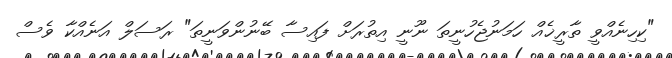
"ކިހިނެއްވީ ތާރީޚެއް ހަމަނުޖެހުނީތަ ނޫނީ އިތުރަށް ފައިސާ ބޭނުންވަނީތަ" ރަސަލް އަނެއްކާ ވެސް